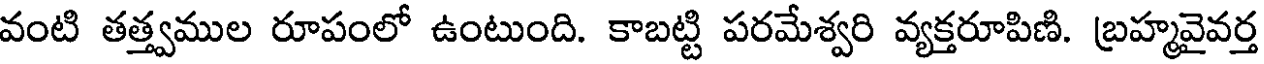
వంటి తత్త్వముల రూపంలో ఉంటుంది. కాబట్టి పరమేశ్వరి వ్యక్తరూపిణి. బ్రహ్మవైవర్త